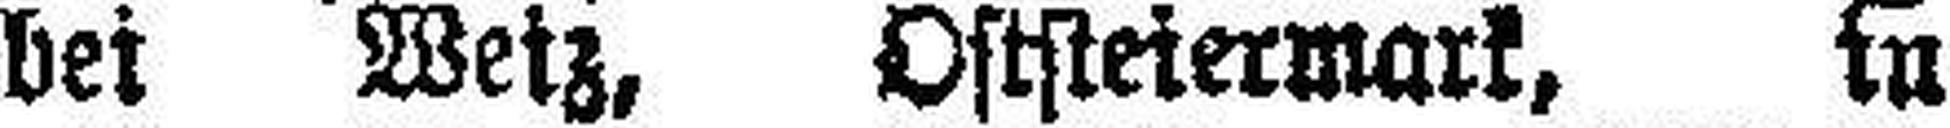
bei Wetz, Oststeiermark, in